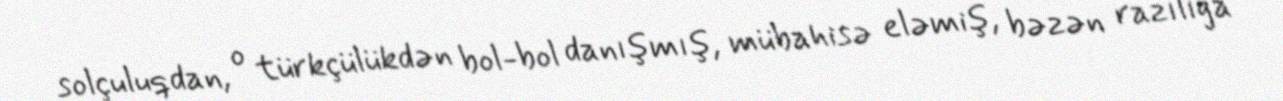
solçuluqdan, o türkçülükdən bol-bol danışmış, mübahisə eləmiş, bəzən razılığa